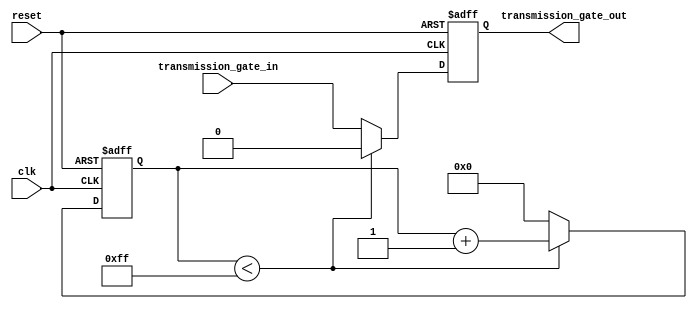
module timing_control_and_sync (
    input wire clk,
    input wire reset,
    input wire transmission_gate_in,
    output reg transmission_gate_out
);

reg [7:0] delay_count;

always @(posedge clk or posedge reset) begin
    if (reset) begin
        delay_count <= 8'b0;
        transmission_gate_out <= 1'b0;
    end else begin
        if (delay_count < 8'hFF) begin
            delay_count <= delay_count + 1;
            transmission_gate_out <= 1'b0;
        end else begin
            delay_count <= 8'b0;
            transmission_gate_out <= transmission_gate_in;
        end
    end
end

endmodule